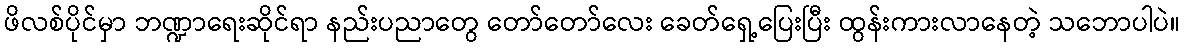
ဖိလစ်ပိုင်မှာ ဘဏ္ဍာရေးဆိုင်ရာ နည်းပညာတွေ တော်တော်လေး ခေတ်ရှေ့ပြေးပြီး ထွန်းကားလာနေတဲ့ သဘောပါပဲ။